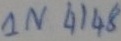
Text: IN4148